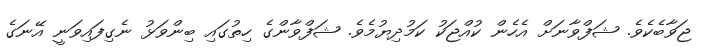
ޖަވާބެކެވެ. ޝަފްވާނަށް އެހެން ކުއްޖަކު ކަމުދިޔުމެވެ. ޝަފްވާންގެ ހިތުގައި ބިންވަޅު ނެގިފައިވަނީ އޭނަގެ